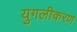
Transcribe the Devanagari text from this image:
युगलीकरण